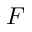
F